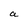
Character: a